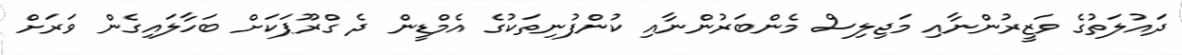
ދައުލަތުގެ ވަޒީރުންނާއި މަޖިލިސް މެންބަރުންނާއި ކުންފުނިތަކުގެ އެމްޑީން ދެ ގްރޫޕަކަށް ބަހާލައިގެން ވަރަށް